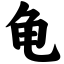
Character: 龟